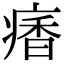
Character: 𩠾